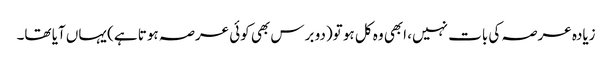
زیادہ عرصہ کی بات نہیں، ابھی وہ کل ہو تو(دو برس بھی کوئی عرصہ ہوتا ہے) یہاں آیا تھا۔